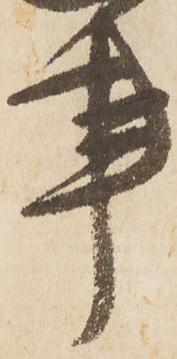
事